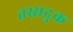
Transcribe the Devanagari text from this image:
तस्सदुक